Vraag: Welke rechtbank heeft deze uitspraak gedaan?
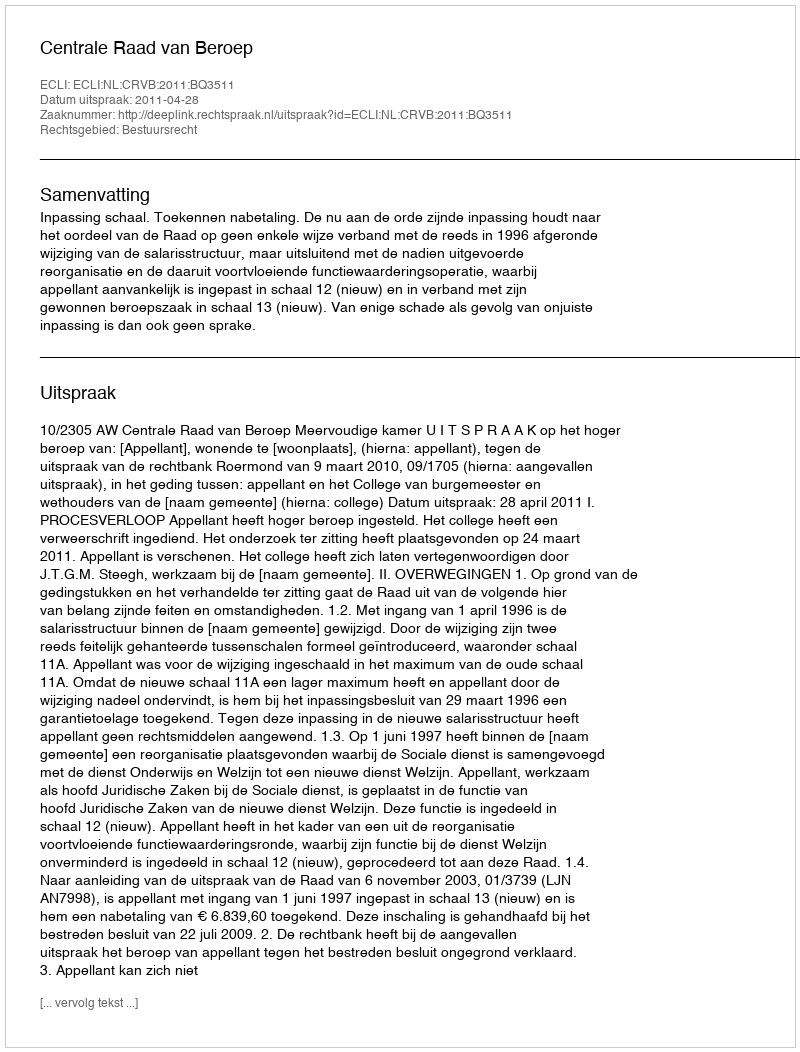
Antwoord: Centrale Raad van Beroep